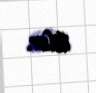
bilər.